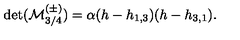
\det ( { \cal M } _ { 3 / 4 } ^ { ( \pm ) } ) = \alpha ( h - h _ { 1 , 3 } ) ( h - h _ { 3 , 1 } ) { } .